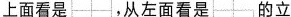
上面看是，从左面看是的立